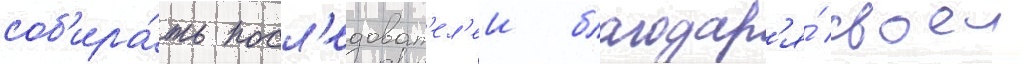
соб'ира́ть посл'едоват'ел'еи благодар'я́ своеи